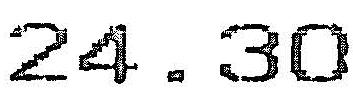
24.30